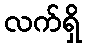
လက်ရှိ